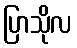
ပြာသိုလ